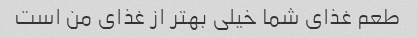
طعم غذای شما خیلی بهتر از غذای من است